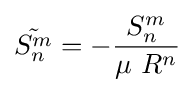
{\tilde {S_{n}^{m}}}=-{\frac {S_{n}^{m}}{\mu \ R^{n}}}